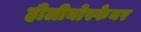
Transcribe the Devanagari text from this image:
हीलीयोस्फेयर